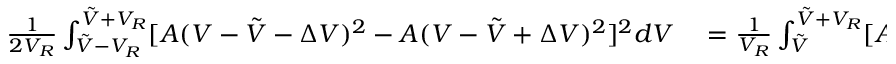
\begin{array} { r l } { \frac 1 { 2 V _ { R } } \int _ { \tilde { V } - V _ { R } } ^ { \tilde { V } + V _ { R } } [ A ( V - \tilde { V } - \Delta V ) ^ { 2 } - A ( V - \tilde { V } + \Delta V ) ^ { 2 } ] ^ { 2 } d V } & { { } = \frac 1 { V _ { R } } \int _ { \tilde { V } } ^ { \tilde { V } + V _ { R } } [ A ( V - \tilde { V } - \Delta V ) ^ { 2 } - A ( V - \tilde { V } + \Delta V ) ^ { 2 } ] ^ { 2 } d V } \end{array}